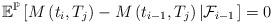
LaTeX: \begin{align*}\mathbb{E}^{\mathbb{P}}\left[M\left(t_{i},T_{j}\right)-M\left(t_{i-1},T_{j}\right)\left|\mathcal{F}_{i-1}\right.\right]=0\quad\end{align*}